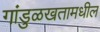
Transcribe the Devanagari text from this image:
गांडुळखतामधील